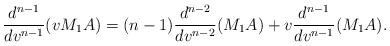
\begin{align*} \frac{d^{n-1}}{dv^{n-1}}(vM_1A)=(n-1)\frac{d^{n-2}}{dv^{n-2}}(M_1A)+v\frac{d^{n-1}}{dv^{n-1}}(M_1A).\end{align*}